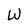
Character: W